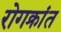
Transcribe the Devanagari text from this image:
रोगक्रांत